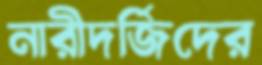
নারীদর্জিদের